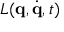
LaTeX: L ( \mathbf { q } , { \dot { \mathbf { q } } } , t )